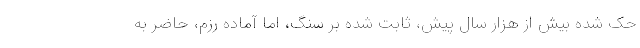
حک شده بیش از هزار سال پیش، ثابت شده بر سنگ، اما آماده رزم، حاضر به